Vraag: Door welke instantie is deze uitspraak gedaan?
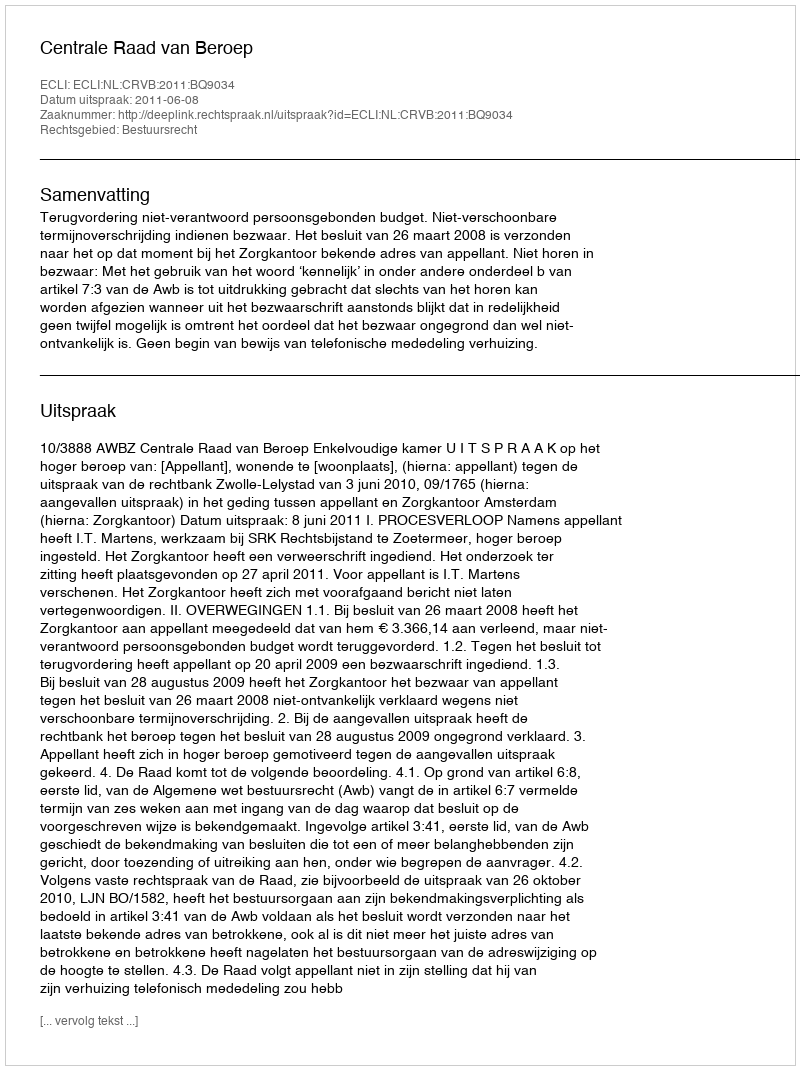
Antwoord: Centrale Raad van Beroep